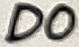
Text: D0